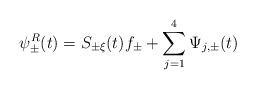
LaTeX: \begin{align*} \psi_{\pm}^R(t) = S_{\pm\xi}(t) f_\pm + \sum_{j=1}^4 \Psi_{j,\pm}(t)\end{align*}